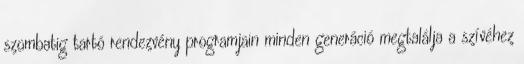
szombatig tartó rendezvény programjain minden generáció megtalálja a szívéhez